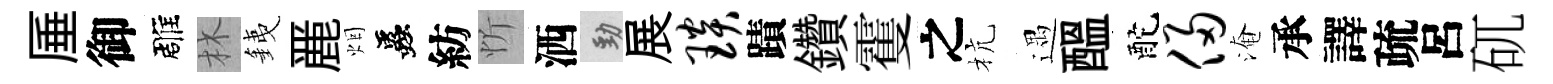
厜御雕林銕䴡烟蟲紡忻洒勁展琰蹟鑽䨥之杭遇醖酡侵淹承譯疏呂矹